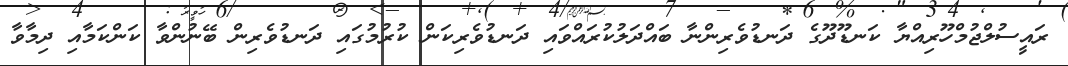
ރައީސުލްޖުމްހޫރިއްޔާ ކަނޑޫދޫގެ ދަނޑުވެރިންނާާ ބައްދަލުކުރައްވައި ދަނޑުވެރިކަން ކުރުމުގައި ދަނޑުވެރިން ބޭނުންވާ ކަންކަމާއި ދިމާވާ